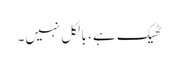
ٹھیک ہے ، بالکل نہیں۔